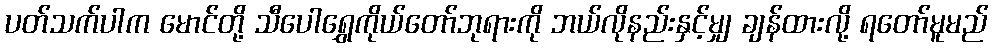
ပတ်သက်ပါက မောင်တို့ သီပေါရွှေကိုယ်တော်ဘုရားကို ဘယ်လိုနည်းနှင့်မျှ ချန်ထားလို့ ရတော်မူမည်